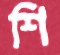
শি